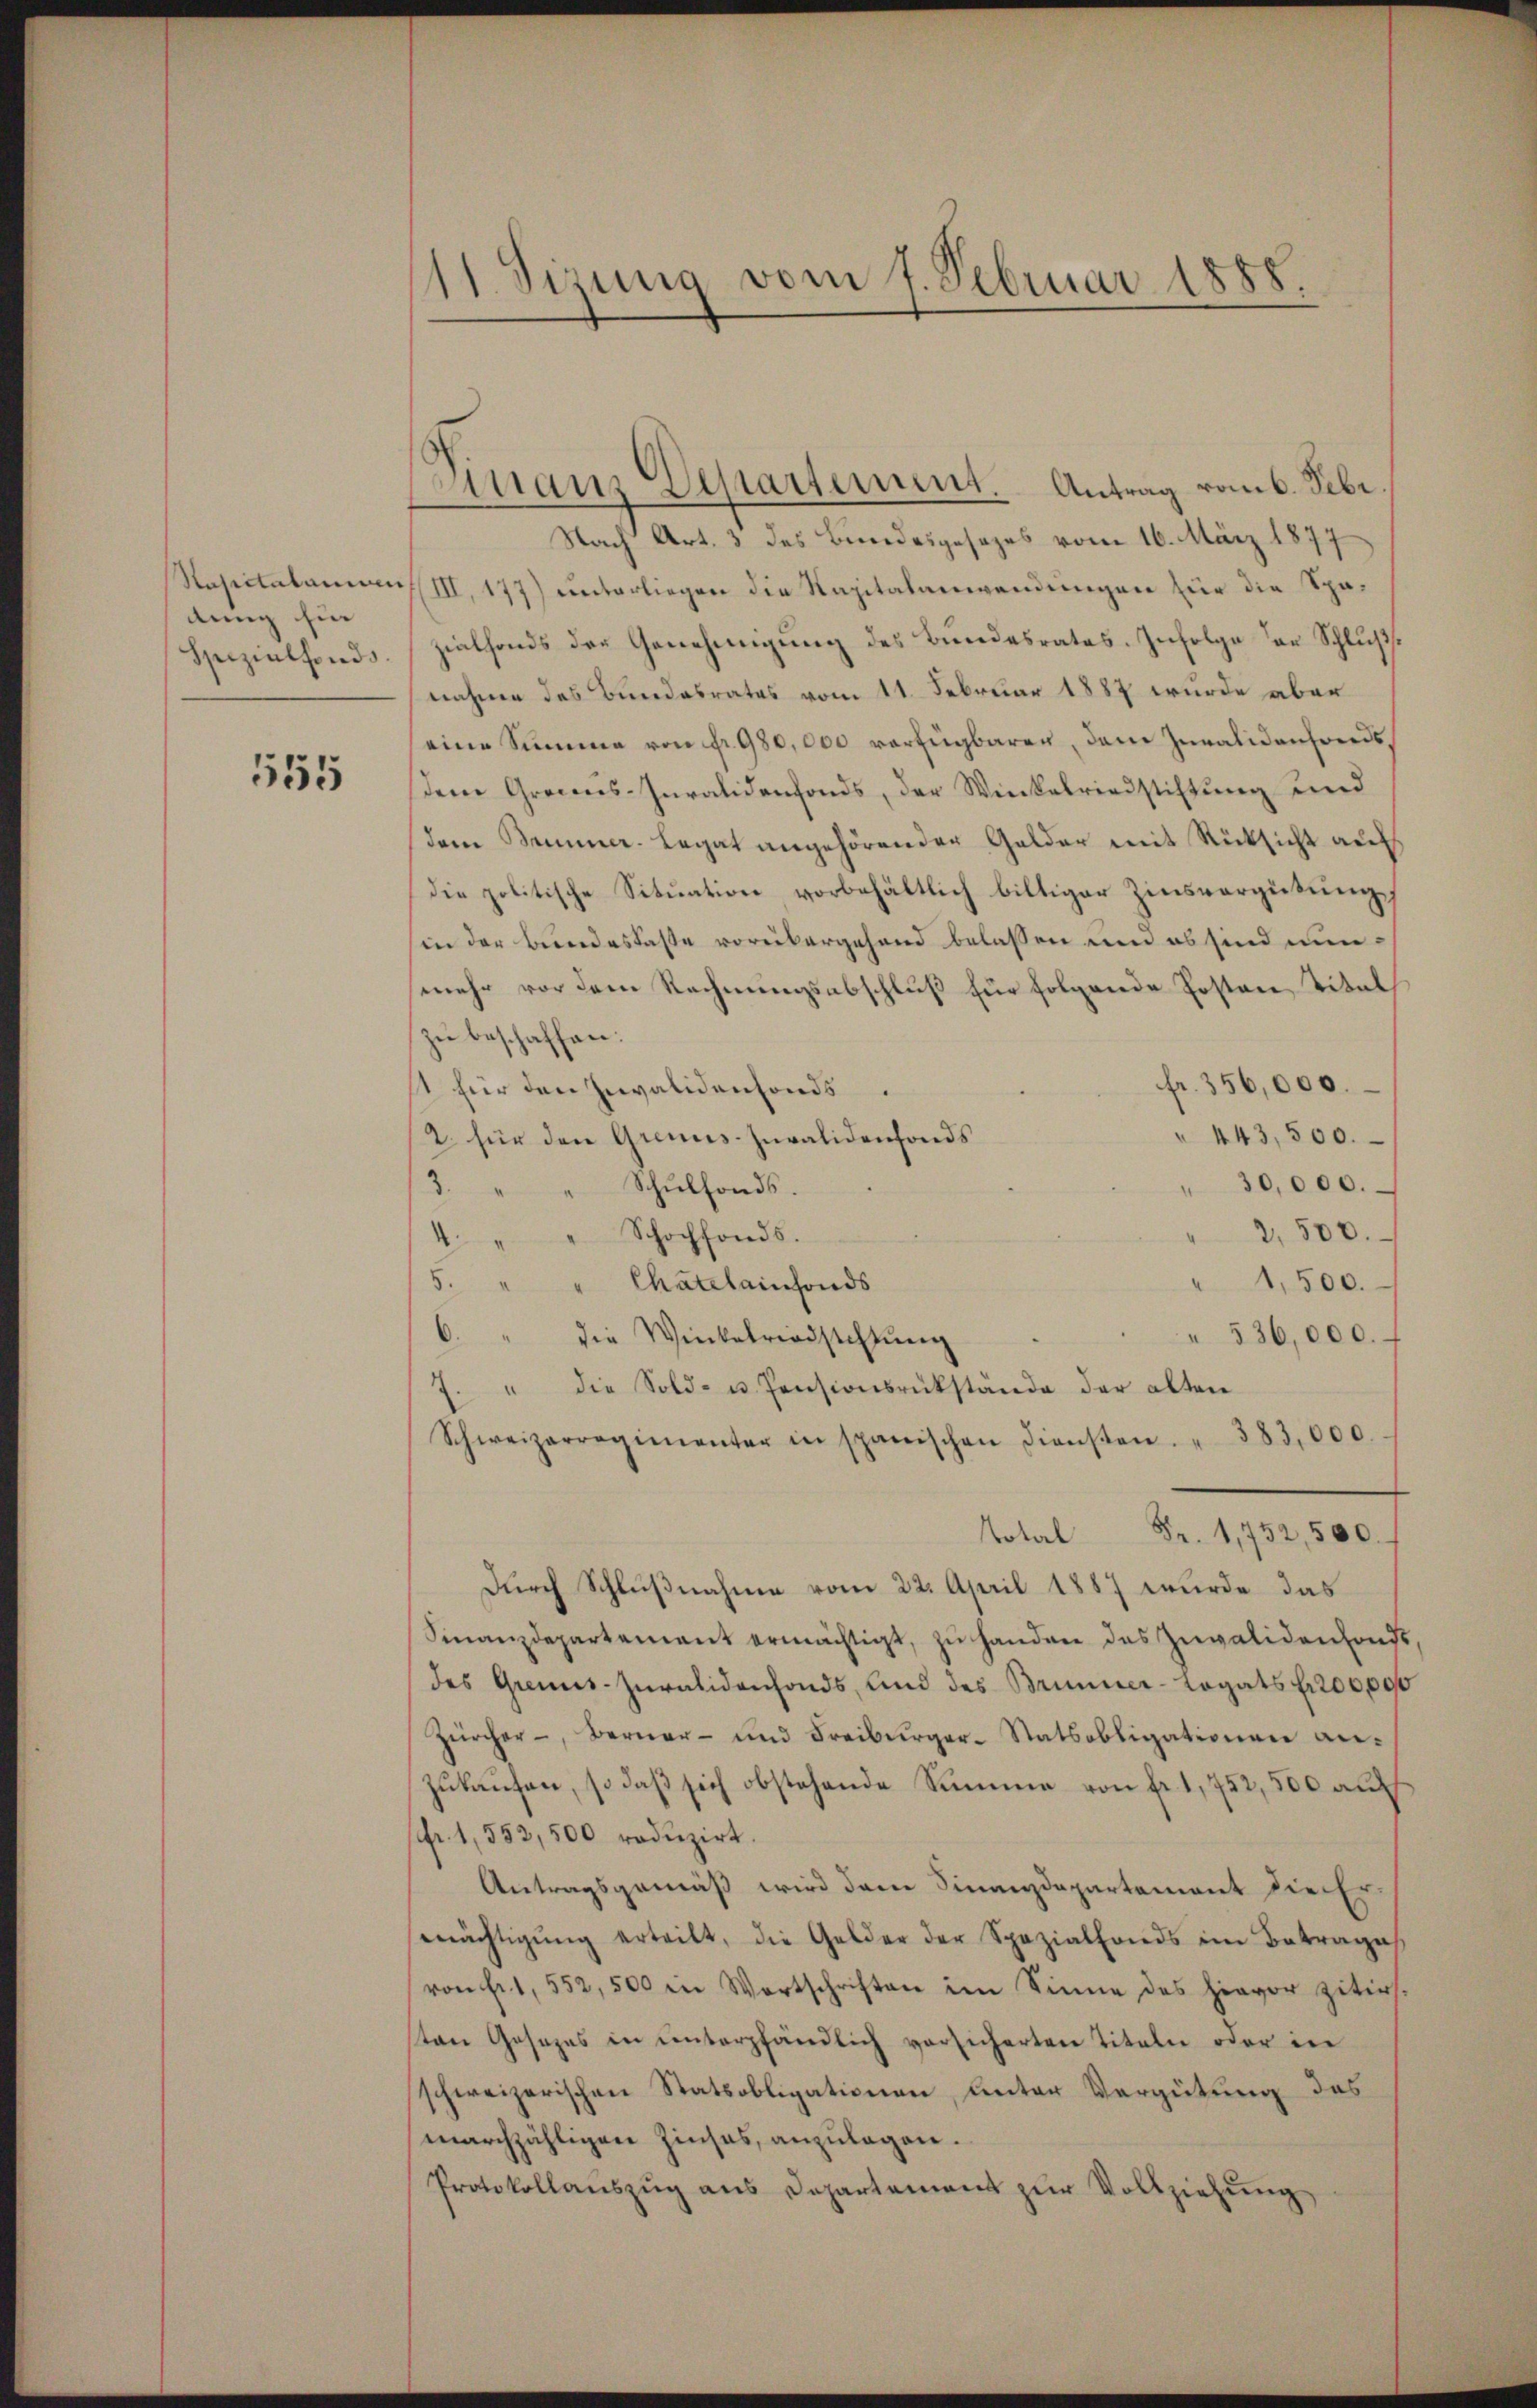
Nascitatarium
dung hin
Spezialfonds.

555

11. Sitzung vom 7. Februar 1888.

Nach Art. 3 des Bundesgesezes vom 16. März 1877
III, 177) unterliegen die Kapitalanwendungen für die Spazialfonds der Genehmigung des Bundesrates. Infolge der Schlußnahme des Bundesrates vom 11. Februar 1887 wurde aber
eine Summe von fr. 980,000 verfügbaren, dem Invalidenfonds
dem Grecens-Invalidenfonds, der Winkelriedstiftung und
dem Brunner-Legat angehörender Gelder mit Rücksicht auf
die politische Situation vorbehältlich biltiger Zinsvergütung,
in der Bundeskasse vorübergehend belassen und es sind nunmehr vor dem Rechnungsabschluß für folgende Posten, Titel
zu beschaffen.
fr. 356,000.
1 für den Invalidenfonds.
" 443,500.
2. für den Gremis-Zuvalidenfonds
3.
" 30,000.
Schulfonds.
4 " " Schochfonds.
" 2,500.
1,500.
5. " " Chatelainfonds
" 536,000. f
6. " die Winkelrindstiftŭng
7. " die Sold- u. Pensionsrükstände der alten
Schweizerregimenter in spanischen Diensten. " 383,000.
Total Fr. 1,752,500.
durch Schlußnahme vom 22. April 1887 wurde das
Finanzdepartement ermächtigt, zu handere das Zuvalidenfonds
des Grennes-Juralidenfonds, und des Brunner-Logats fr 200,000
Zürcher -, Berner- und Freiburger-Statsobligationen an-
zukaufen, so daß sich obstehende Summe von fr. 1,752,500 auf
sfr. 1,553,500 roduzirt.
Antragsgemäß wird dem Finanzdepartement die Ermächtigŭng erteilt, die Gelder der Spezialfonds im Betrages
von Fr. 1, 552,500 in Wortschriften im Sinne des hievor zitir
sten Gesezes in ŭnterpfändlich vorsicherten Titeln oder in
schweizerischen Statsobligationen, unter Vergütung das
marchzähligen Zinses, anzulagen.
Protokollaŭszŭg ans Departement zŭr Vollziehŭng

Finanz Departement. Antrag vom 6. Febr.